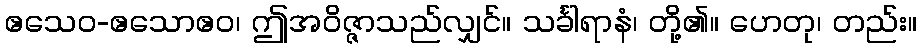
ဧသေဝ-ဧသောဧဝ၊ ဤအဝိဇ္ဇာသည်လျှင်။ သင်္ခါရာနံ၊ တို့၏။ ဟေတု၊ တည်း။